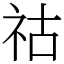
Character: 祜